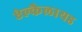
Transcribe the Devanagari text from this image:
ऐल्कैलायड